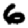
Digit: 6